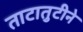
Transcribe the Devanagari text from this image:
ताटातुटीने